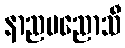
နာညမညောသီ